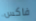
فاكس